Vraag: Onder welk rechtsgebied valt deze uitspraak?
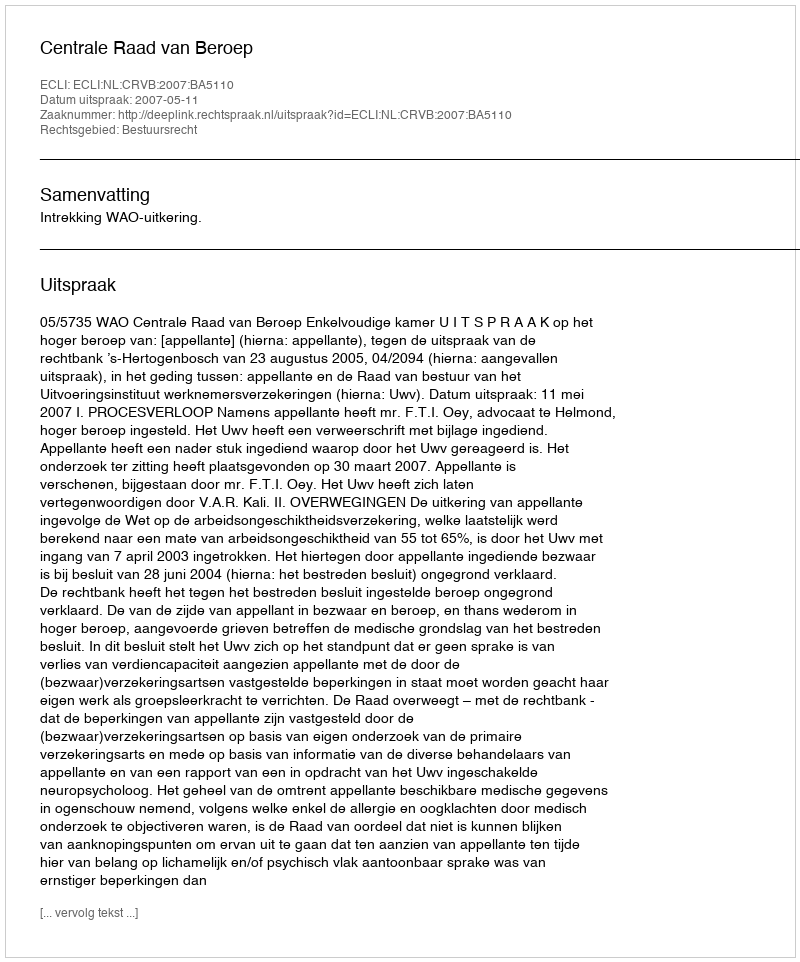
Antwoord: Bestuursrecht